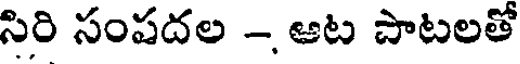
సిరి సంపదల - ఆట పాటలతో